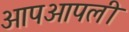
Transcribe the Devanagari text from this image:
आपआपली